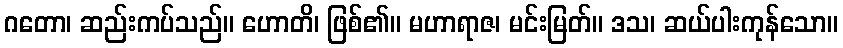
ဂတော၊ ဆည်းကပ်သည်။ ဟောတိ၊ ဖြစ်၏။ မဟာရာဇ၊ မင်းမြတ်။ ဒသ၊ ဆယ်ပါးကုန်သော။